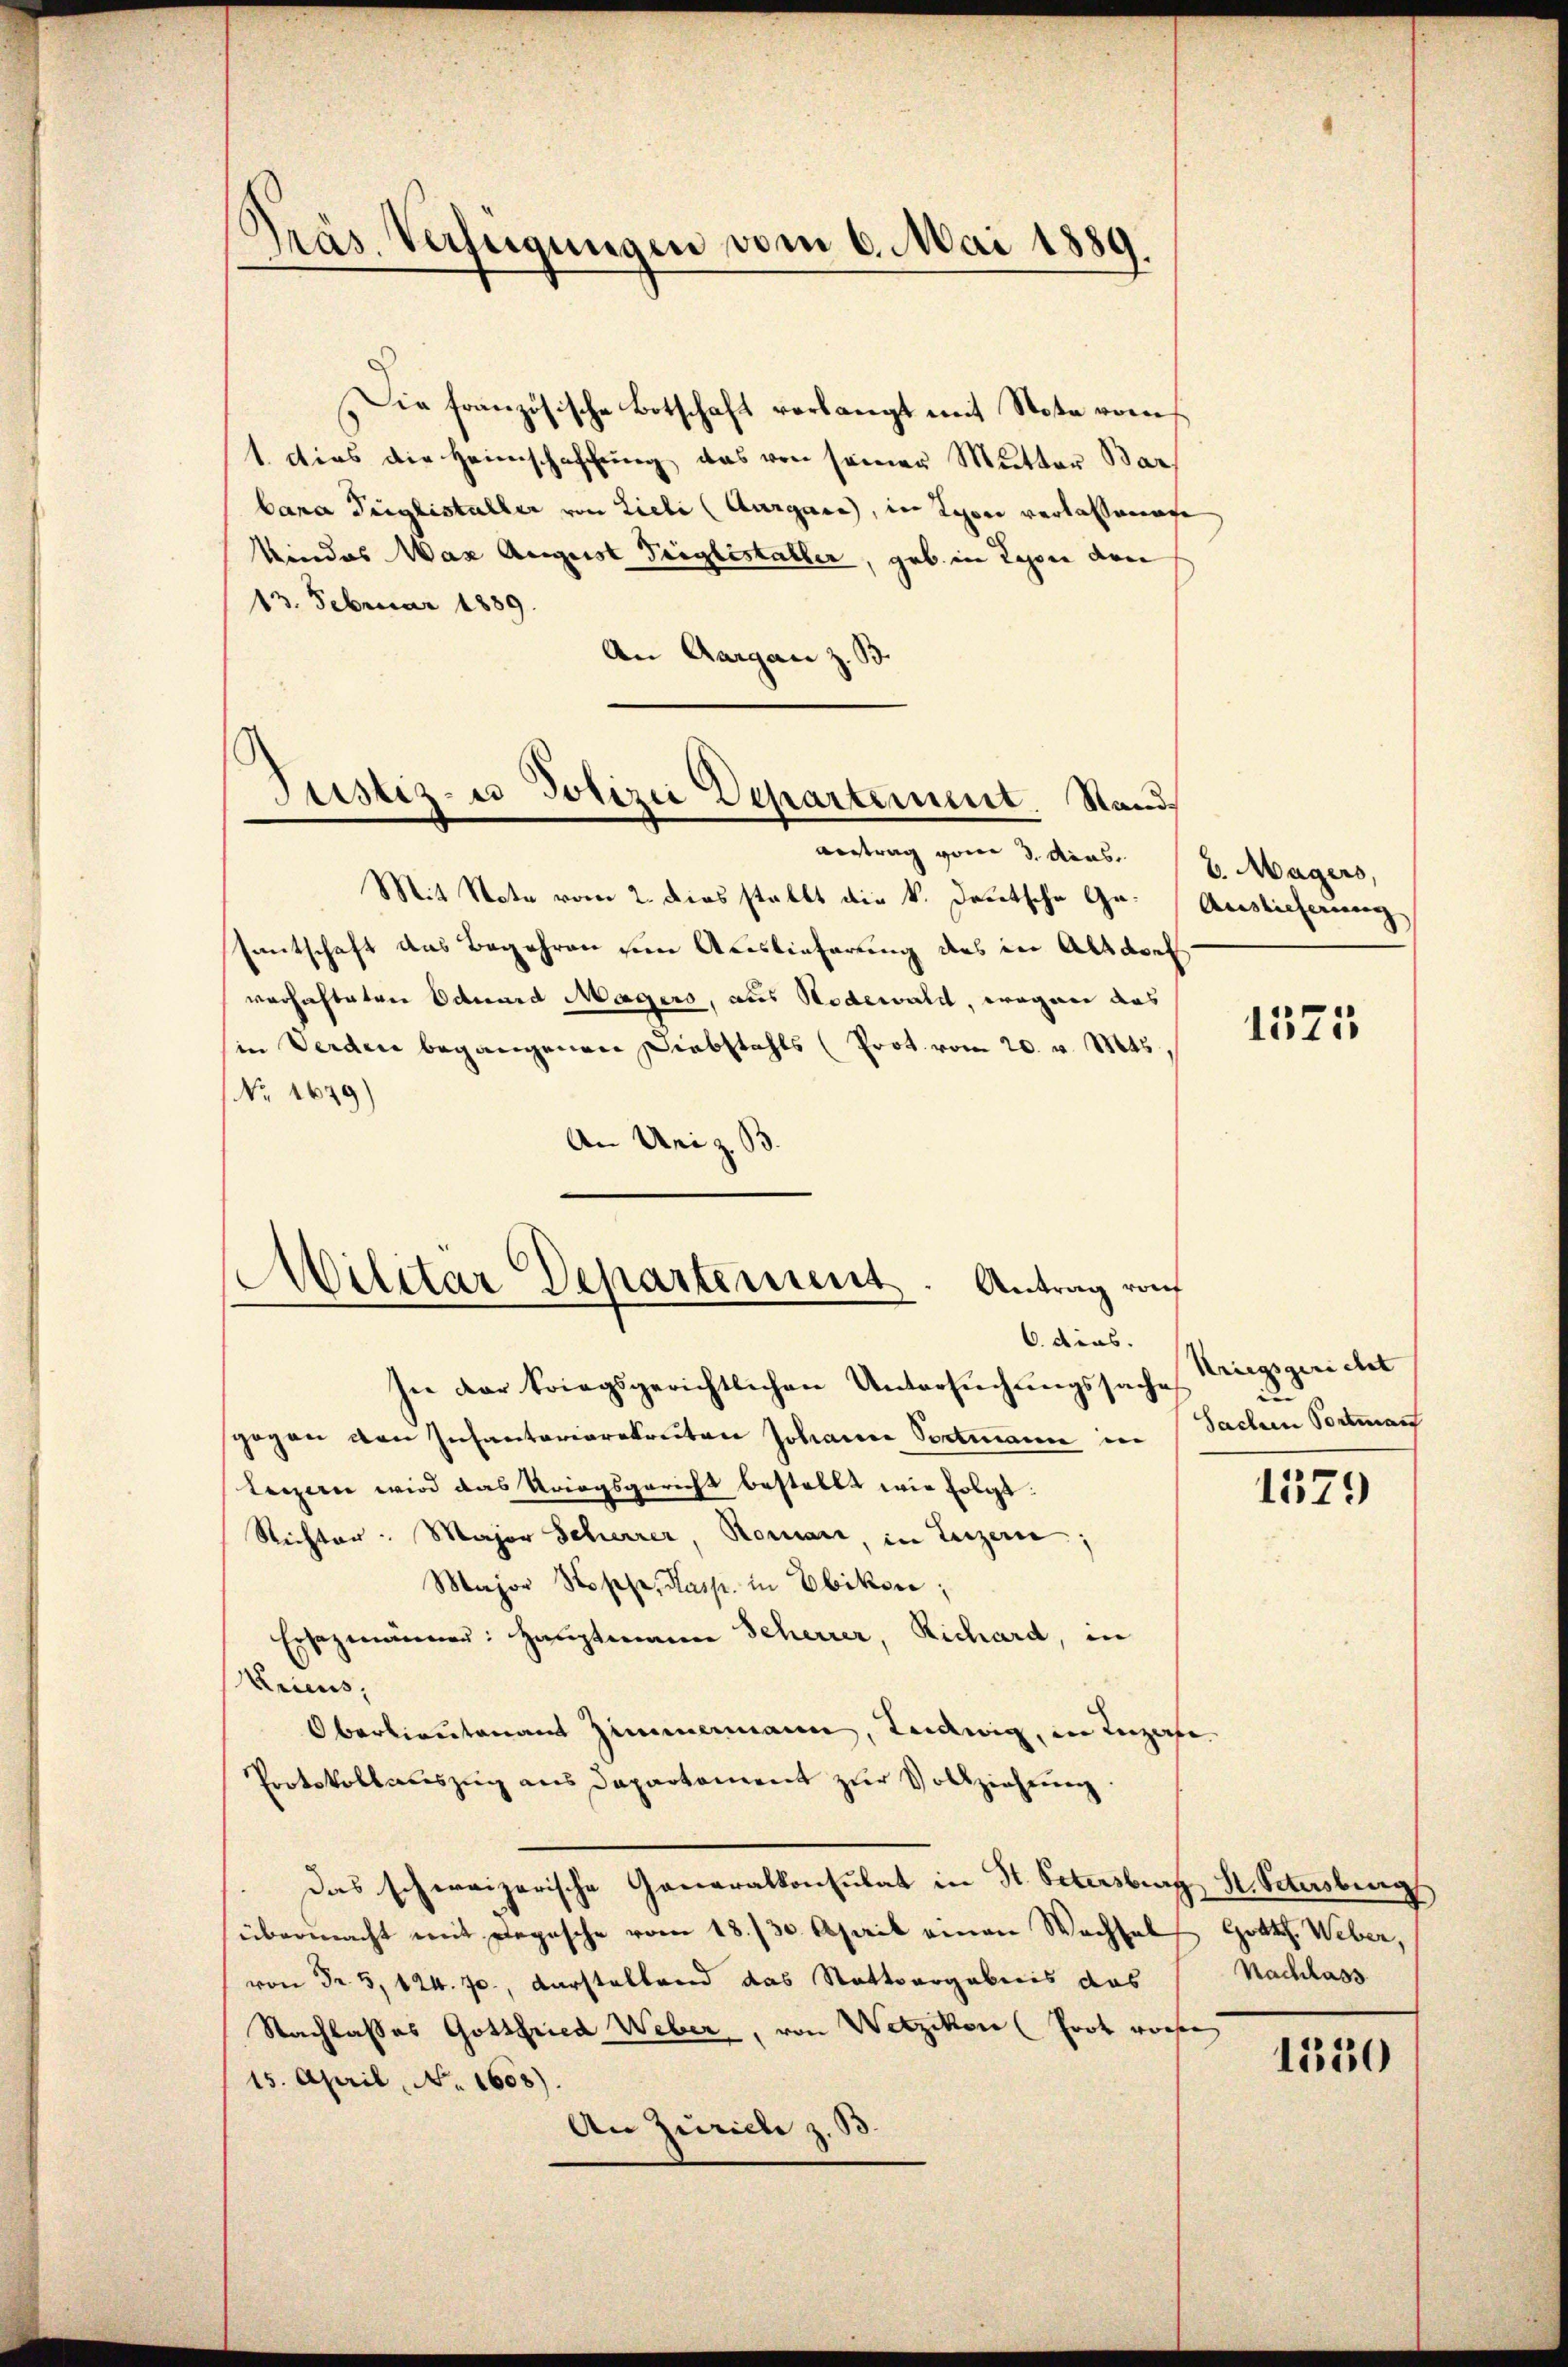
Präs. Verfügungen vom 6. Mai 1889.

Die französische Botschaft verlangt mit Stote rom
1. dies die Heimschaffung, das von seiner Mutter Bar
bana Triglistaller von Lieli (Aargare, in Lyon verlassene
kindes Was August Teiglistaller, geb. in Lyon den
13. Februar 1889.
An Aargau z. B.
Antrag vom 3. dies 7. Magers,
Mit Note vom 2. Dies stellt die k. deutsche Ge- Auslieferung
antschaft aus Begehren den Auslieferung des in Altapel
verhafteten Eduard Magers, aus Nodewald, wegen das
in Verden begangenen Diebstahls (Prot. vom 20. v. 145.
NNo. 1679)
An Uri z. B.

Justiz- u Polizei Departement. Stand.

Militar Departement. Antrag ro
6. dies.

In der kriegsgerichtlichen Untersuchungssache
gegen den Infantarierekruten Johann Portmann in Sachen Portman
leizern wird das Kriegsgericht bestellt wie folgt:
Richter. Major Scherrer, Romani, in Luzern;
Major Stoppe, Kasp. in Ebikon;
Ersezmänner: Hauptmann Scherrer, Richard, in
Kricus,
Oberlieutenamt Zimmermann, Ludwig, in Luzafe
Protokollauszug aus Departement zur Vollziehung.
Das schweizerische Generalkonsulat in St. Petersburg, St. Petersburg
übermacht mit Depesche vom 18./30. April einen Wechsel
von Fr. 5. 124. J., darstaltend das Nattsergebnis das
Nachlasses Gottfried Weber, von Wetzikon (Grob vorher
15. April, No. 1608).
An Zürich z.

1575

Kriegsgericht

1579

Grath. Weber,
Nachlass

1330